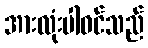
အားလုံးပါဝင်သည်